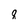
Character: 8